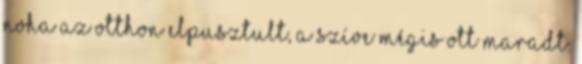
Noha az otthon elpusztult, a szíve mégis ott maradt.